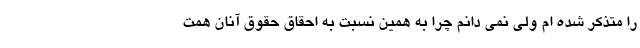
را متذکر شده ام ولی نمی دانم چرا به همین نسبت به احقاق حقوق آنان همت